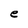
Character: e